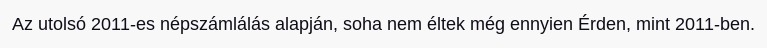
Az utolsó 2011-es népszámlálás alapján, soha nem éltek még ennyien Érden, mint 2011-ben.